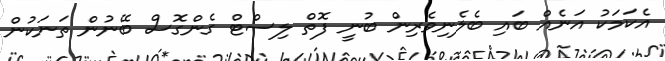
އެކަމަކު އަނެއް ބައި ބެލެނިވެރިން ބުނީ ފޮތް ލިސްޓް ގެންގޮސް ބޭނުން ތަނަކުން